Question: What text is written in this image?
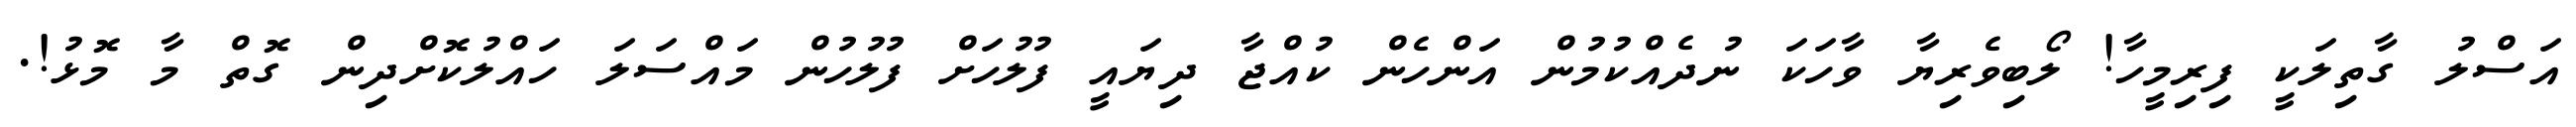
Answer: އަސްލު ގާތިލަކީ ފިރިމީހާ! ލޯބިވެރިޔާ ވާހަކަ ނުދެއްކުމުން އަންހެން ކުއްޖާ ދިޔައީ ފުލުހަށް ފުލުހުން މައްސަލަ ހައްލުކޮށްދިން ގޮތް މާ މޮޅު!.